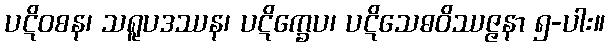
ပဋိဝစန၊ သရူပဒဿန၊ ပဋိက္ခေပ၊ ပဋိသေဓဝိဿဇ္ဇနာ ၅-ပါး။